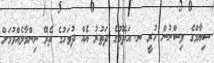
ސިޔާމްގެ ވިސްނުން ހުރީ ނ. އަތޮޅުގެ ދަތުރު އެއް ދުވަހުގެ ތެރޭ ނިންމާލެއްވުމަށް